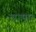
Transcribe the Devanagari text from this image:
नागपुरा